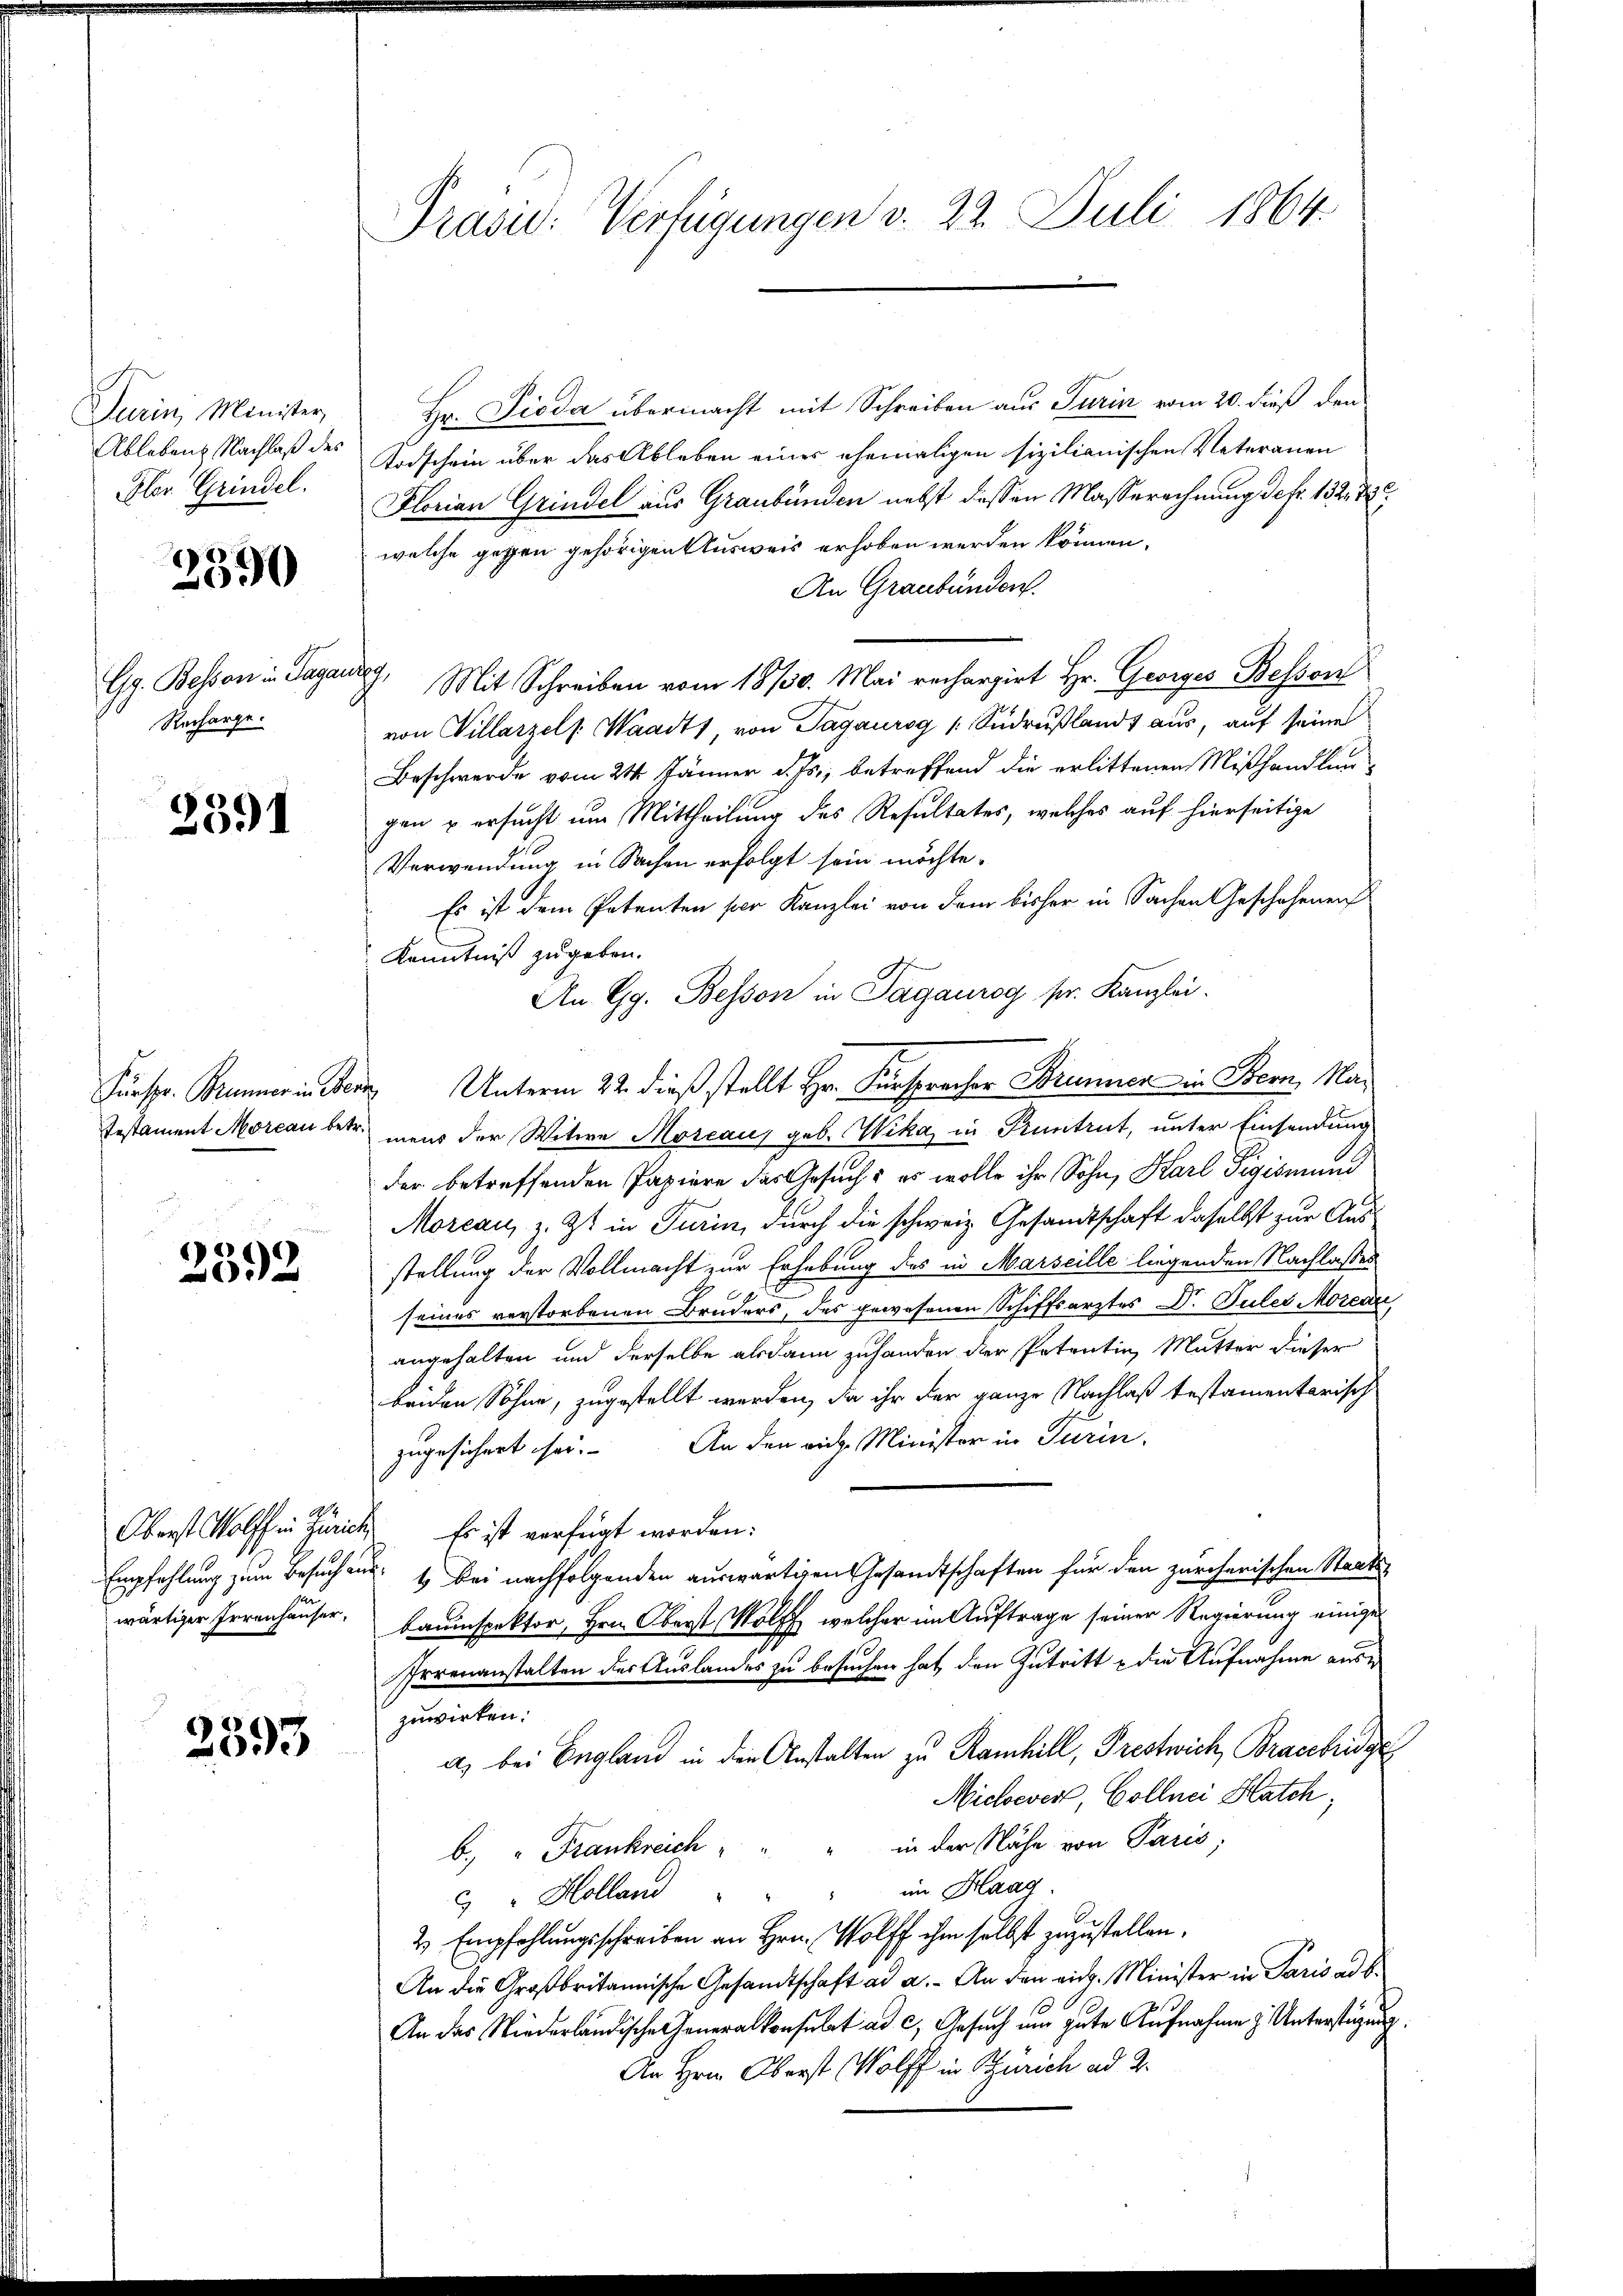
Turin, Minister,
Ableben Nachlaß des
Plor. Grindel.

2590

Gg. Bessen in Pagan
Recharge.

2391

Fürspr. Brunner in Ber
Testament Morcau betr.

u
1
02

Empfehlung zum Besuch in
wärtiger Irrenhäuser,

2593

Präsid.: Verfügungen v. 22. Juli 1864.

Hr. Pioda übermacht mit Schreiben aus Turin vom 20. dieß den
Todschein über das Ableben einer ehemaligen sizilianischen Veteranen
Florian Grindel aus Graubünden nebst dassen Masserechnung defr. 132 d
welche gegen gehörigen Ausweis erhoben werden können.
An Graubünden.
s
Mit Schreiben vom 18/30. Mai rechargirt Hr. Georges Beson
von Villarzel. Waadt von Tagaurog (Sudrußland aus, auf seine
Beschwerde vom 21 Jänner d. Js., betreffend die erlittenen Mißhandlungen u ersucht um Mittheilung des Resultates, welches auf hierseitige
Verwendung in Sachen erfolgt sein möchte.
Es ist dem Petenten per Kanzlei von dem bisher in Sachen Geschehenen
Kenntniß zugeben.
An Gg. Besson in Tagaurog pr. Kanzlei.
 Unterm 22. dieß stellt Hr. Fürspracher Brunner in Bern, Mamens der Witwe Moseau geb. Wika, in Pruntrut, unter Einsendung
der betreffenden Papiere das Gesuch, es wolle ihr Sohn, Karl Sigismund
Moreau, z. Zt. in Turin, durch die schweiz. Gesandtschaft daselbst zur Ausstellung der Vollmacht zur Erhebung des in Marseille liegenden Nachlasses
C
seines verstorbenen Bruders, des gewesenen Schiffsarztes Dr. Puler Mozen
angehalten und derselbe alsdann zuhanden der Petentin, Mutter dieser
beiden Sohne, zugestellt werden, da ihr der ganze Nachlaß testamentarisch
zugesichert sei. An den ein Minister in Turin,
Oberst Wolff in Zürich. Es ist verfügt worden.
u. 1 bei nachfolgenden auswärtigen Gesandtschaften für den zürcherischen Staats-
bauinspektor, Hrn. Oberst Wolff welcher im Auftrage seiner Regierung einiger
Irrenanstalten der Auslandes zu besuchen hat, den Zutritte die Aufnahme ause
zuwirken:
a) bei England in den Anstalten zu Ramhill, Prestwich, Braccbridge
Michevert, Gollnei Hatch;
b. " Frankreich " " " in der Nähe von Paris;
3 " Holland " " " im Haag.
2 Empfehlungsschreiben an Hrn. Wolff ihm selbst zuzustellen.
An die Großbritannische Gesandtschaft ad a. An den eidg. Minister in Paris ad b.
An das Niederländische Generalkonsulat ad c, Gesuch im gute Aufnahme z. Unterstüzung.
An Hrn. Oberst Wolff in Zürich ad 2.